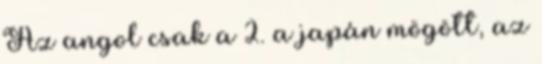
Az angol csak a 2. a japán mögött, az